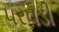
પરવડી